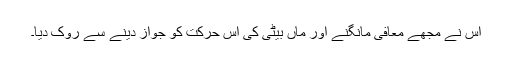
اس نے مجھے معافی مانگنے اور ماں بیٹی کی اس حرکت کو جواز دینے سے روک دیا۔